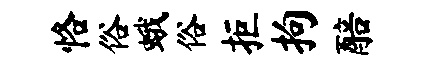
恪俗蛾俗拒拘醅